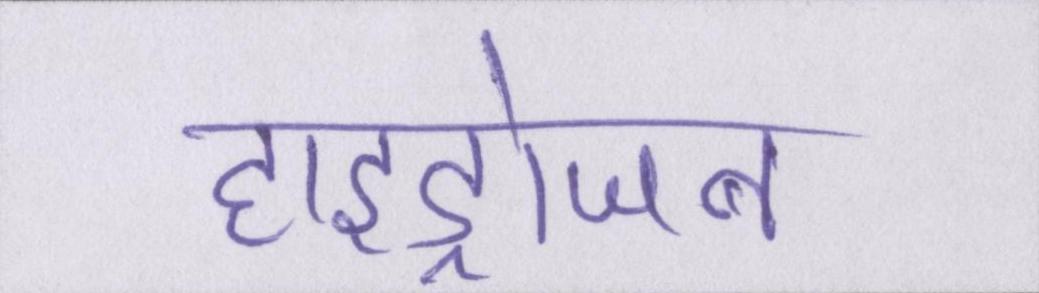
हाइड्रोजन